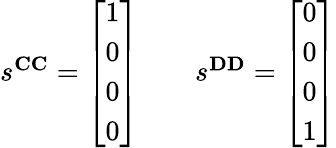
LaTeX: \begin{array}{r}{s^{\mathbf{CC}}=\left[\begin{array}{l}{1}\\ {0}\\ {0}\\ {0}\end{array}\right]\qquad s^{\mathbf{DD}}=\left[\begin{array}{l}{0}\\ {0}\\ {0}\\ {1}\end{array}\right]}\end{array}